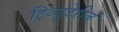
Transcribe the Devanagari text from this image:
ट्रिव्यूटेरीज